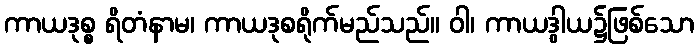
ကာယဒုစ္စ ရိတံနာမ၊ ကာယဒုစရိုက်မည်သည်။ ဝါ၊ ကာယဒွါယ၌ဖြစ်သော